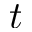
t